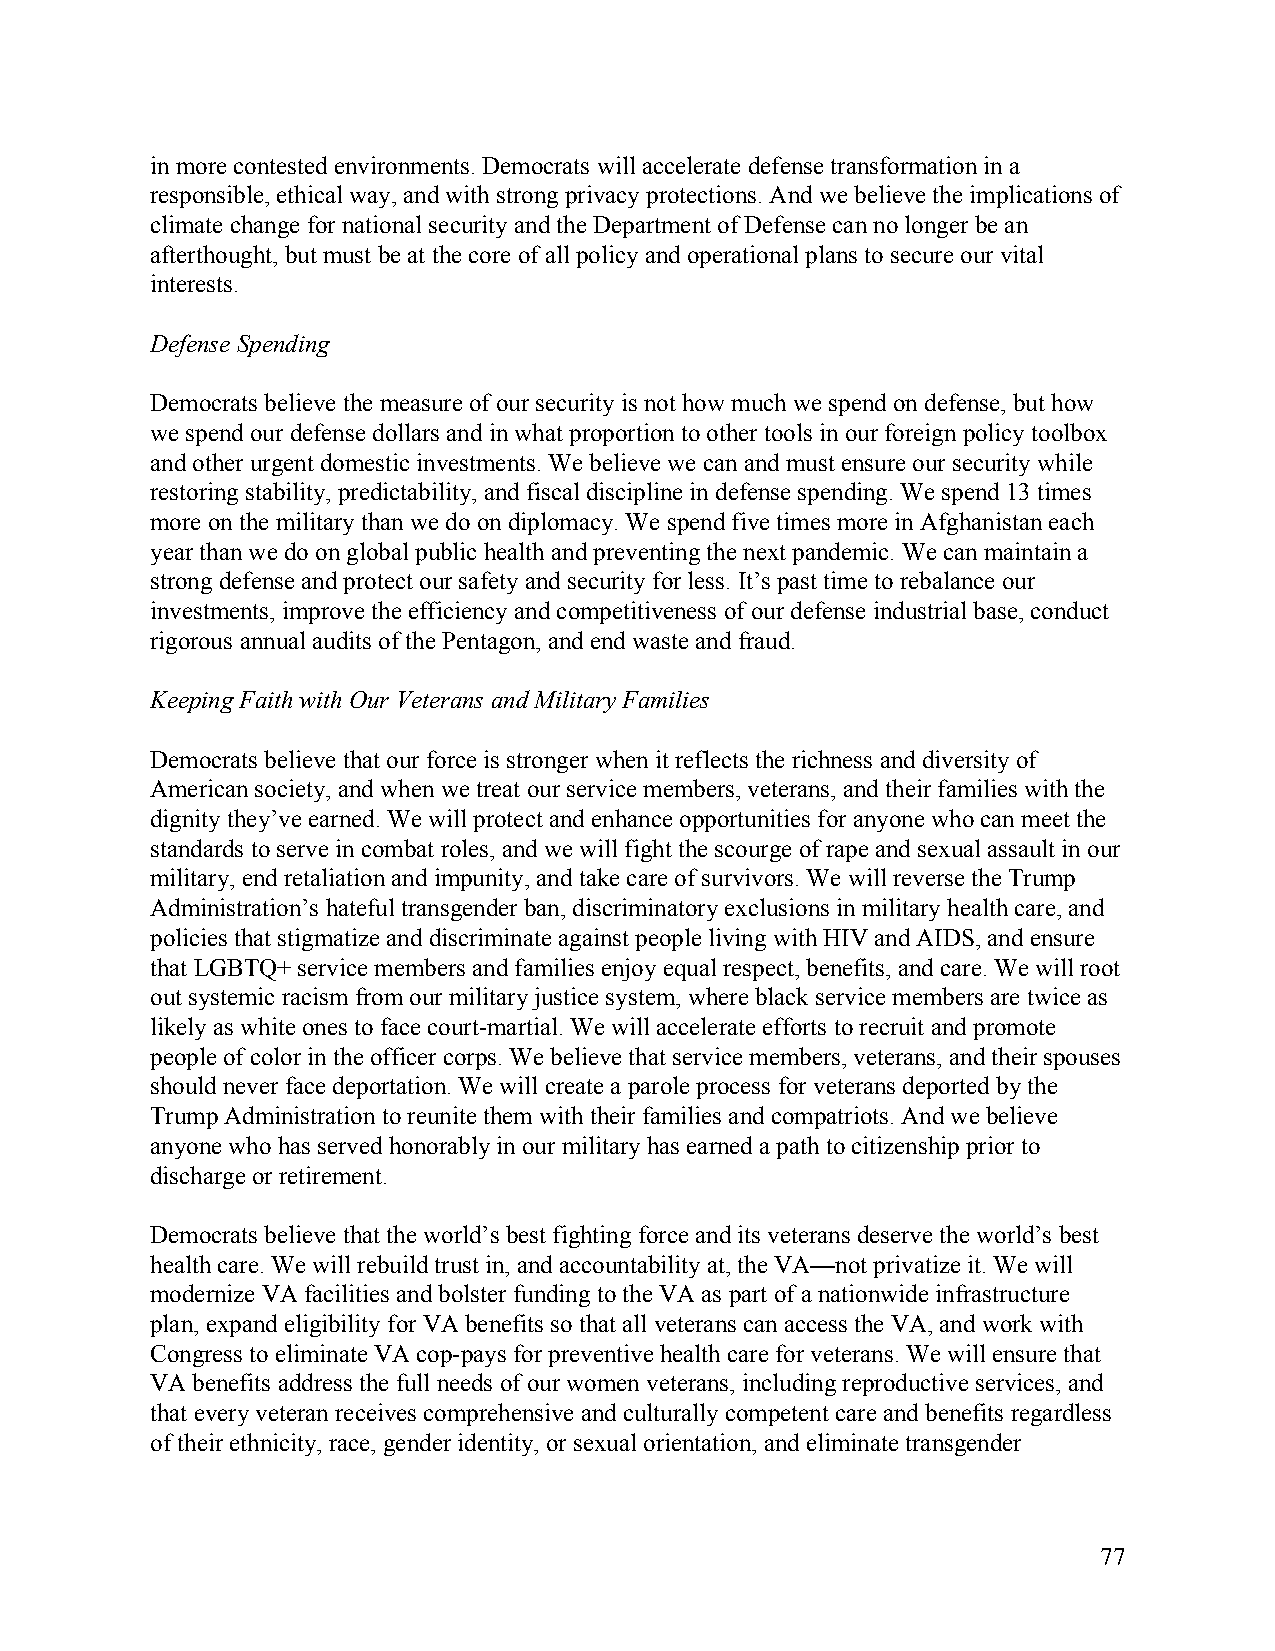
in more contested environments. Democrats will accelerate defense transformation in a
 responsible, ethical way, and with strong privacy protections. And we believe the implications of
 climate change for national security and the Department of Defense can no longer be an
 afterthought, but must be at the core of all policy and operational plans to secure our vital
 interests.
 Defense Spending
 Democrats believe the measure of our security is not how much we spend on defense, but how
 we spend our defense dollars and in what proportion to other tools in our foreign policy toolbox
 and other urgent domestic investments. We believe we can and must ensure our security while
 restoring stability, predictability, and fiscal discipline in defense spending. We spend 13 times
 more on the military than we do on diplomacy. We spend five times more in Afghanistan each
 year than we do on global public health and preventing the next pandemic. We can maintain a
 strong defense and protect our safety and security for less. It’s past time to rebalance our
 investments, improve the efficiency and competitiveness of our defense industrial base, conduct
 rigorous annual audits of the Pentagon, and end waste and fraud.
 Keeping Faith with Our Veterans and Military Families
 Democrats believe that our force is stronger when it reflects the richness and diversity of
 American society, and when we treat our service members, veterans, and their families with the
 dignity they’ve earned. We will protect and enhance opportunities for anyone who can meet the
 standards to serve in combat roles, and we will fight the scourge of rape and sexual assault in our
 military, end retaliation and impunity, and take care of survivors. We will reverse the Trump
 Administration’s hateful transgender ban, discriminatory exclusions in military health care, and
 policies that stigmatize and discriminate against people living with HIV and AIDS, and ensure
 that LGBTQ+ service members and families enjoy equal respect, benefits, and care. We will root
 out systemic racism from our military justice system, where black service members are twice as
 likely as white ones to face court-martial. We will accelerate efforts to recruit and promote
 people of color in the officer corps. We believe that service members, veterans, and their spouses
 should never face deportation. We will create a parole process for veterans deported by the
 Trump Administration to reunite them with their families and compatriots. And we believe
 anyone who has served honorably in our military has earned a path to citizenship prior to
 discharge or retirement.
 Democrats believe that the world’s best fighting force and its veterans deserve the world’s best
 health care. We will rebuild trust in, and accountability at, the VA—not privatize it. We will
 modernize VA facilities and bolster funding to the VA as part of a nationwide infrastructure
 plan, expand eligibility for VA benefits so that all veterans can access the VA, and work with
 Congress to eliminate VA cop-pays for preventive health care for veterans. We will ensure that
 VA benefits address the full needs of our women veterans, including reproductive services, and
 that every veteran receives comprehensive and culturally competent care and benefits regardless
 of their ethnicity, race, gender identity, or sexual orientation, and eliminate transgender
 77